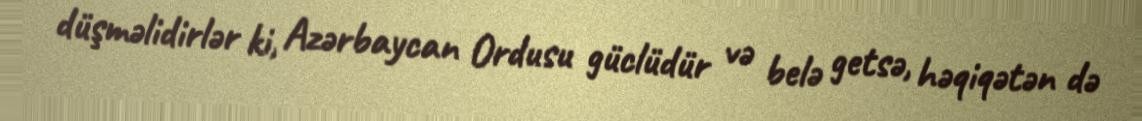
düşməlidirlər ki, Azərbaycan Ordusu güclüdür və belə getsə, həqiqətən də